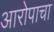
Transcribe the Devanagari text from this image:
आरोपाचा